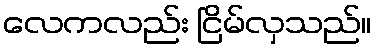
လေကလည်း ငြိမ်လှသည်။